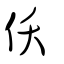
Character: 仸